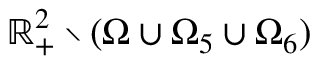
\mathbb { R } _ { + } ^ { 2 } \setminus ( \Omega \cup \Omega _ { 5 } \cup \Omega _ { 6 } )